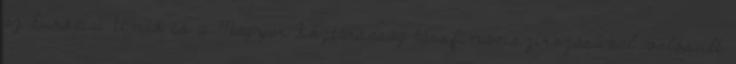
az Európai Unió és a Magyar Köztársaság társfinanszírozásával valósult